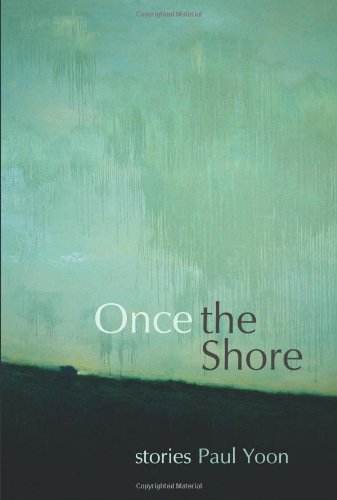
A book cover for Once the Shore: Stories; Paul Yoon; Literature & Fiction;